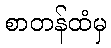
စာတန်ထံမှ